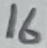
Text: 16